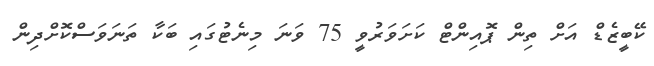
ކޭބީޒެޑް އަށް ތިން ޕޮއިންޓް ކަށަވަރުވީ 75 ވަނަ މިނެޓުގައި ބަކާ ތަނަވަސްކޮށްދިން